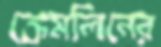
ক্রেমলিনের